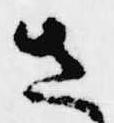
さ